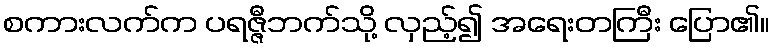
စကားလက်က ပရဇ္ဇီဘက်သို့ လှည့်၍ အရေးတကြီး ပြော၏။